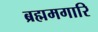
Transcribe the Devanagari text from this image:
ब्रह्ममगारि